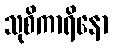
သုစိကာရိနော